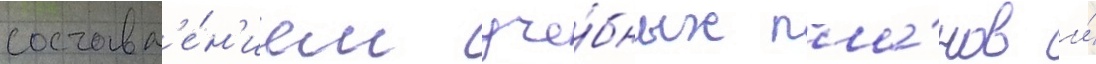
составл'е́н'ием уче́бных пла́нов и́